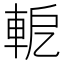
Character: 軶